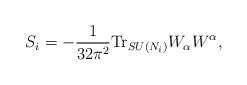
LaTeX: \begin{align*}S_i=-\frac{1}{32\pi^2}{\rm Tr}_{SU(N_i)}W_{\alpha}W^{\alpha},\end{align*}